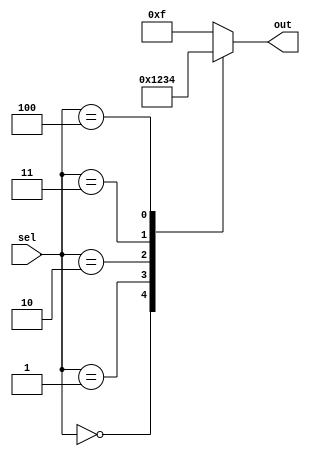
module full_case_statement(
    input [2:0] sel,
    output reg [3:0] out
);

always @(*)
begin
    case(sel)
        3'b000: out = 4'b0000;
        3'b001: out = 4'b0001;
        3'b010: out = 4'b0010;
        3'b011: out = 4'b0011;
        3'b100: out = 4'b0100;
        default: out = 4'b1111;
    endcase
end

endmodule